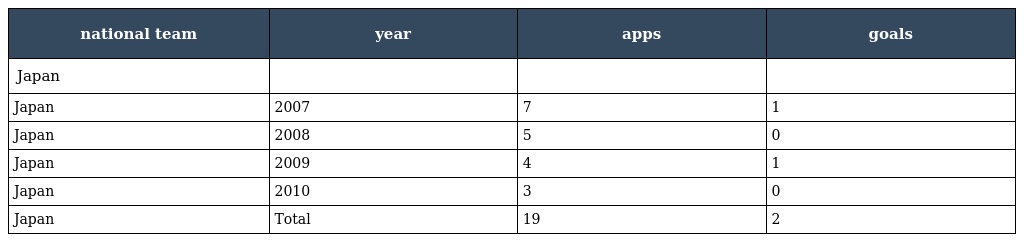
| national team | year | apps | goals |
 | --- | --- | --- | --- |
 | Japan |  |  |  |
 | Japan | 2007 | 7 | 1 |
 | Japan | 2008 | 5 | 0 |
 | Japan | 2009 | 4 | 1 |
 | Japan | 2010 | 3 | 0 |
 | Japan | Total | 19 | 2 |